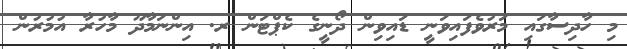
މި ހާދިސާގައި މަރުވެފައިވަނީ ޑައިވިން ދޯނީގެ ކެޕްޓަން ރ. އިންނަމާދޫ މާހުރާ އުމުރުން